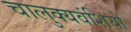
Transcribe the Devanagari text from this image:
चालुक्यवंशियों